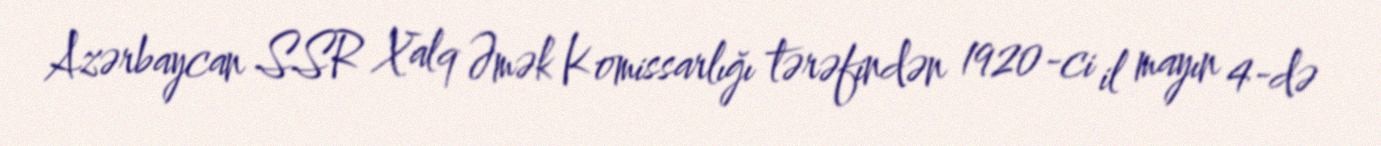
Azərbaycan SSR Xalq Əmək Komissarlığı tərəfindən 1920-ci il mayın 4-də